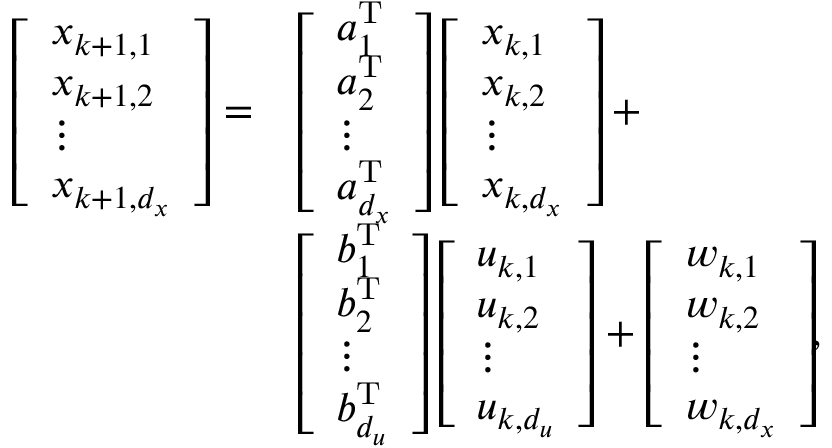
\begin{array} { r l } { \left[ \begin{array} { l } { x _ { k + 1 , 1 } } \\ { x _ { k + 1 , 2 } } \\ { \vdots } \\ { x _ { k + 1 , d _ { x } } } \end{array} \right] = } & { \left[ \begin{array} { l } { a _ { 1 } ^ { \mathrm { T } } } \\ { a _ { 2 } ^ { \mathrm { T } } } \\ { \vdots } \\ { a _ { d _ { x } } ^ { \mathrm { T } } } \end{array} \right] \left[ \begin{array} { l } { x _ { k , 1 } } \\ { x _ { k , 2 } } \\ { \vdots } \\ { x _ { k , d _ { x } } } \end{array} \right] + } \\ & { \left[ \begin{array} { l } { b _ { 1 } ^ { \mathrm { T } } } \\ { b _ { 2 } ^ { \mathrm { T } } } \\ { \vdots } \\ { b _ { d _ { u } } ^ { \mathrm { T } } } \end{array} \right] \left[ \begin{array} { l } { u _ { k , 1 } } \\ { u _ { k , 2 } } \\ { \vdots } \\ { u _ { k , d _ { u } } } \end{array} \right] + \left[ \begin{array} { l } { w _ { k , 1 } } \\ { w _ { k , 2 } } \\ { \vdots } \\ { w _ { k , d _ { x } } } \end{array} \right] \! \! , } \end{array}